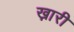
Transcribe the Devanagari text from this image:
ख़ारी